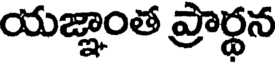
యజ్ఞాంత ప్రార్థన